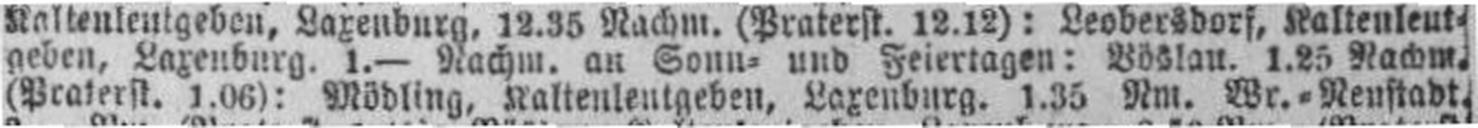
(Praterst. 1.06): Mödling, Kaltenleutgeben, Laxenburg. 1.35 Nm. Wr.=Neustadt.